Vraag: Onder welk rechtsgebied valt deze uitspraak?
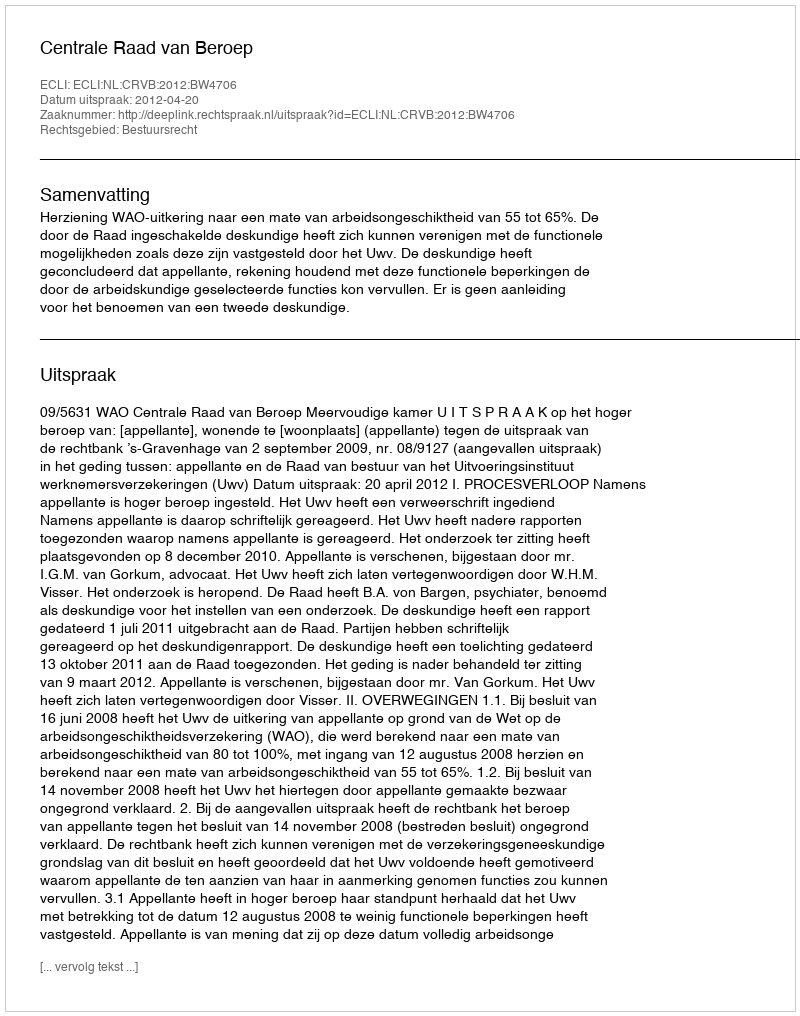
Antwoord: Bestuursrecht